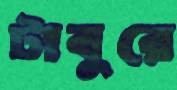
টাবুরে